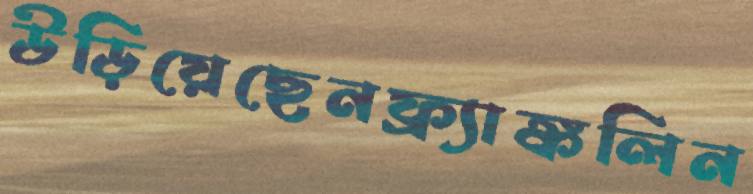
উড়িয়েছেনফ্র্যাঙ্কলিন